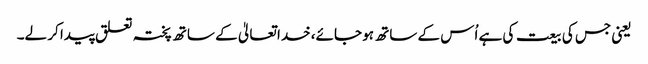
یعنی جس کی بیعت کی ہے اُس کے ساتھ ہو جائے، خدا تعالیٰ کے ساتھ پختہ تعلق پیدا کر لے۔